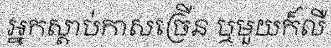
អ្នកស្តាប់កាសច្រើន ឬមួយក៏លឺ